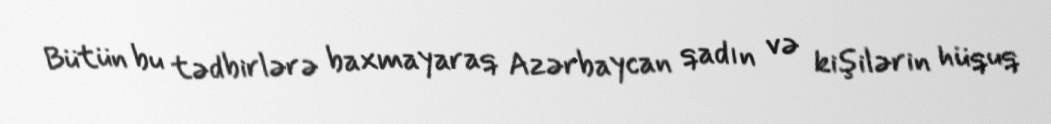
Bütün bu tədbirlərə baxmayaraq Azərbaycan qadın və kişilərin hüquq